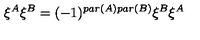
\xi ^ { A } \xi ^ { B } = ( - 1 ) ^ { p a r ( A ) p a r ( B ) } \xi ^ { B } \xi ^ { A }